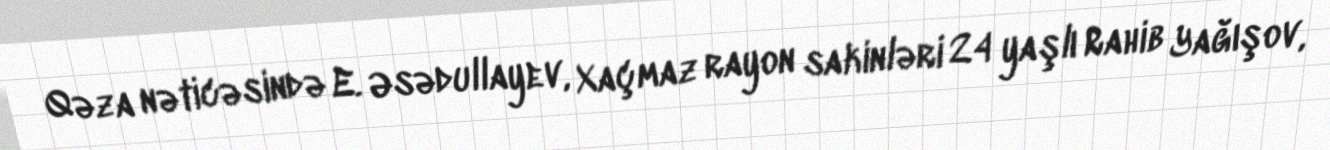
Qəza nəticəsində E. Əsədullayev, Xaçmaz rayon sakinləri 24 yaşlı Rahib Yağışov,